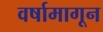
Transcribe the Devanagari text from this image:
वर्षामागून